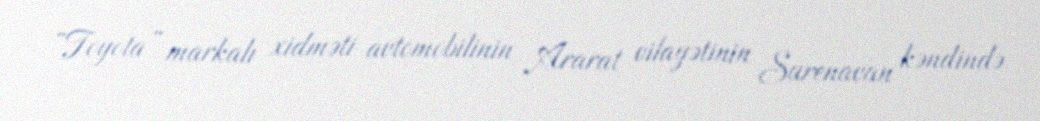
“Toyota” markalı xidməti avtomobilinin Ararat vilayətinin Surenavan kəndində